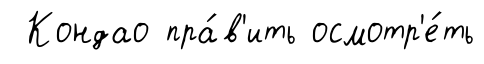
Кондао пра́в'ить осмотр'е́ть